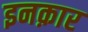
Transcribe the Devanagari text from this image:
इनक़ार